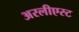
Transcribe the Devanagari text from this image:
अरलीएस्ट